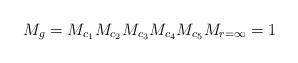
LaTeX: \begin{align*} M_{g}= M_{c_{1}} M_{c_{2}} M_{c_{3}} M_{c_{4}} M_{c_{5}}M_{r=\infty}= 1\end{align*}